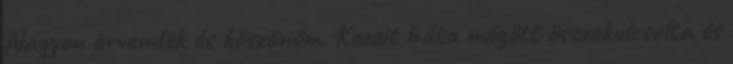
Nagyon örvendek és köszönöm. Kezeit háta mögött összekulcsolta és